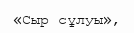
«Сыр сұлуы»,